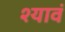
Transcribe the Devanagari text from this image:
श्यावं